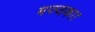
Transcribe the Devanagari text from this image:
मज्जका।